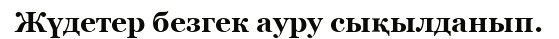
Жүдетер безгек ауру сықылданып.